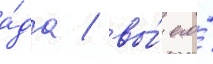
а́да / вы́ его́